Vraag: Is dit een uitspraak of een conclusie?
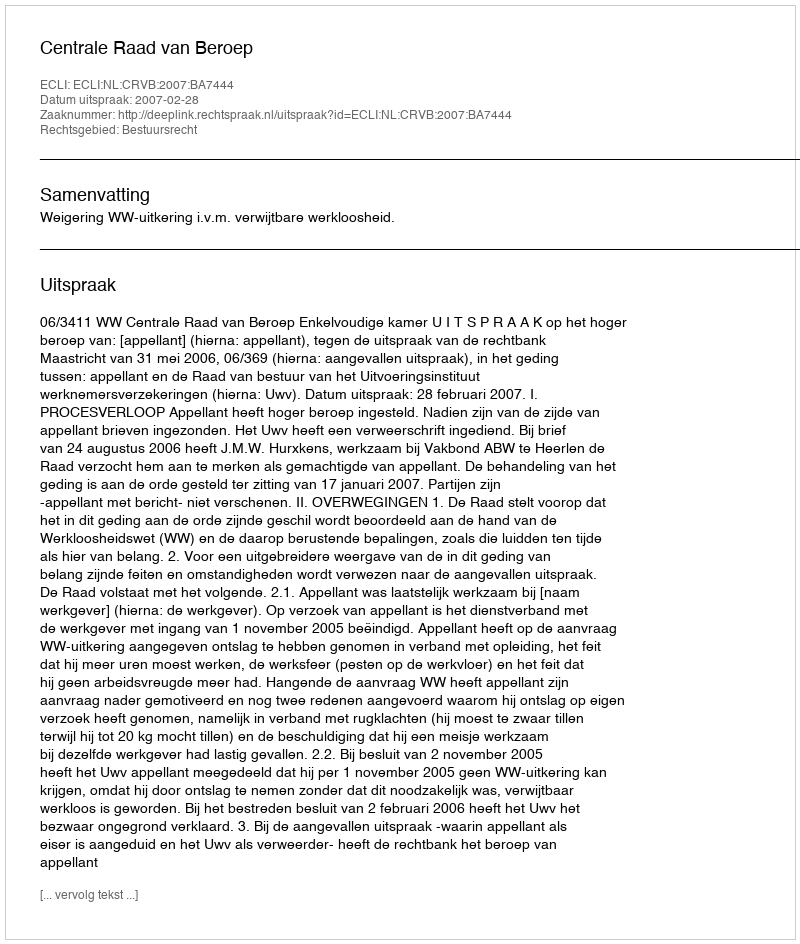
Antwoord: Uitspraak